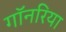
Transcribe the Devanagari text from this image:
गॉनरिया